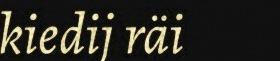
kiedij räi